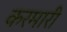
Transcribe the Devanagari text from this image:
करमारी